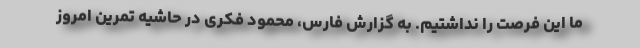
ما این فرصت را نداشتیم. به گزارش فارس، محمود فکری در حاشیه تمرین امروز